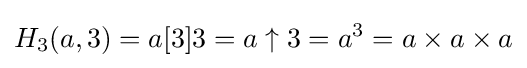
H_{3}(a,3)=a[3]3=a\uparrow 3=a^{3}=a\times a\times a